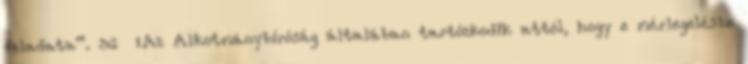
feladata”. 36 „Az Alkotmánybíróság általában tartózkodik attól, hogy e mérlegelésbe